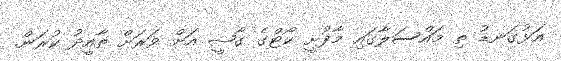
އަޅުގަނޑު ތި މައްސަލާގައި މާފުށީ ކޯޓްގެ ގާޟީ އަށް ވަރަށް ތާއީދު ކުރަން.